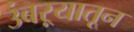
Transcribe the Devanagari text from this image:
उंबऱ्यातून